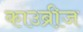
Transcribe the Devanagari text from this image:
काउब्रीज